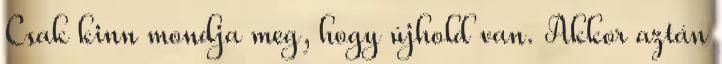
Csak kinn mondja meg, hogy újhold van. Akkor aztán